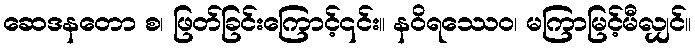
ဆေဒနတော စ၊ ဖြတ်ခြင်းကြောင့်၎င်း။ နဝိရဿေဝ၊ မကြာမြင့်မီလျှင်။